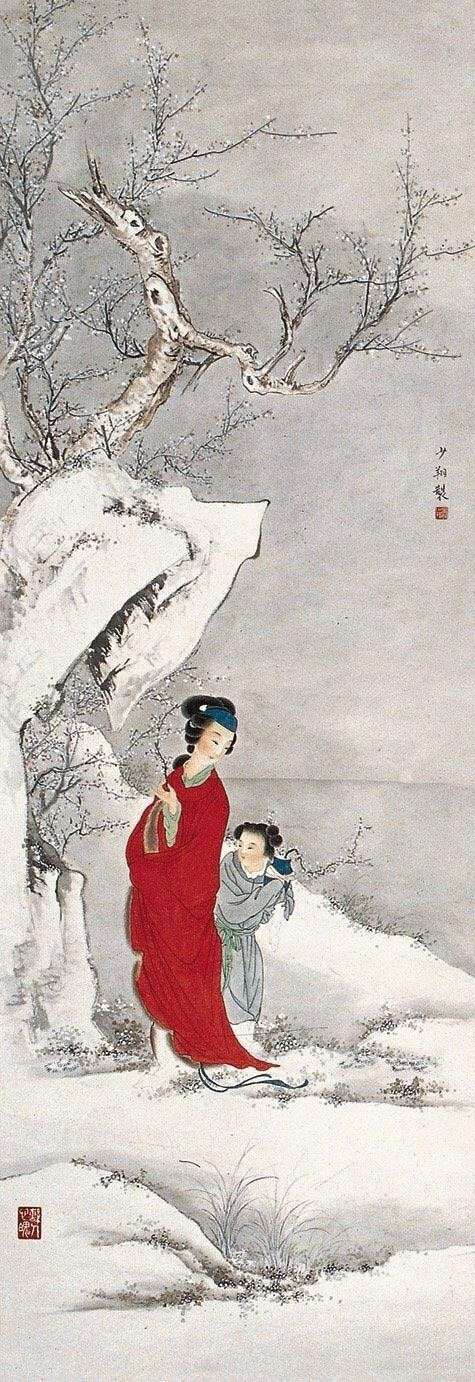
今我来思，雨雪载途。